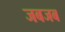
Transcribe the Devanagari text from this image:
जबजब